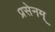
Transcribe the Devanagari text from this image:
प्रसेनम्‌